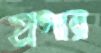
প্রপার